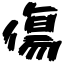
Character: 傷